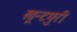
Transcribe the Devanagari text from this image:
खून्टपुरी